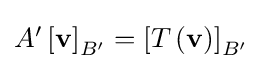
{\textstyle A'\left[\mathbf {v} \right]_{B'}=\left[T\left(\mathbf {v} \right)\right]_{B'}}